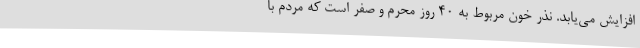
افزایش می‌یابد. نذر خون مربوط به 40 روز محرم و صفر است که مردم با